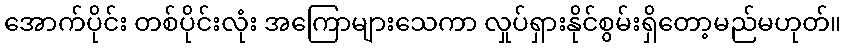
အောက်ပိုင်း တစ်ပိုင်းလုံး အကြောများသေကာ လှုပ်ရှားနိုင်စွမ်းရှိတော့မည်မဟုတ်။